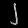
Digit: ၂